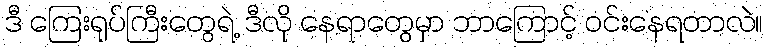
ဒီ ကြေးရုပ်ကြီးတွေရဲ့ ဒီလို နေရာတွေမှာ ဘာကြောင့် ဝင်းနေရတာလဲ။